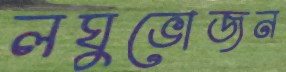
লঘুভোজন